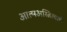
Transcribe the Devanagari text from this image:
आत्मअस्तित्वाचे